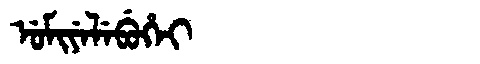
Manchu: ᡠᠮᡳᠶᡝᠯᡝᠪᡠᡥᡝᡳ
Romanization: UMIYELEBUHEI